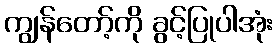
ကျွန်တော့်ကို ခွင့်ပြုပါအုံး